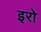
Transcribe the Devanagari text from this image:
इरो